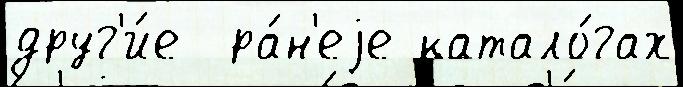
друг'и́е  ра́н'еjе катало́гах